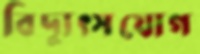
বিদ্যুৎসযোগ